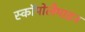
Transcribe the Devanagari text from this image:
स्कॉपोलैमाइन